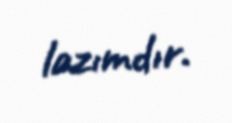
lazımdır.